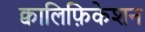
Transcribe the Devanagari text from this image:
क्वालिफ़िकेशन